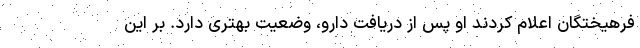
فرهیختگان اعلام کردند او پس از دریافت دارو، وضعیت بهتری دارد. بر این